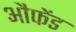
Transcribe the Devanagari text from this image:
औफेंड